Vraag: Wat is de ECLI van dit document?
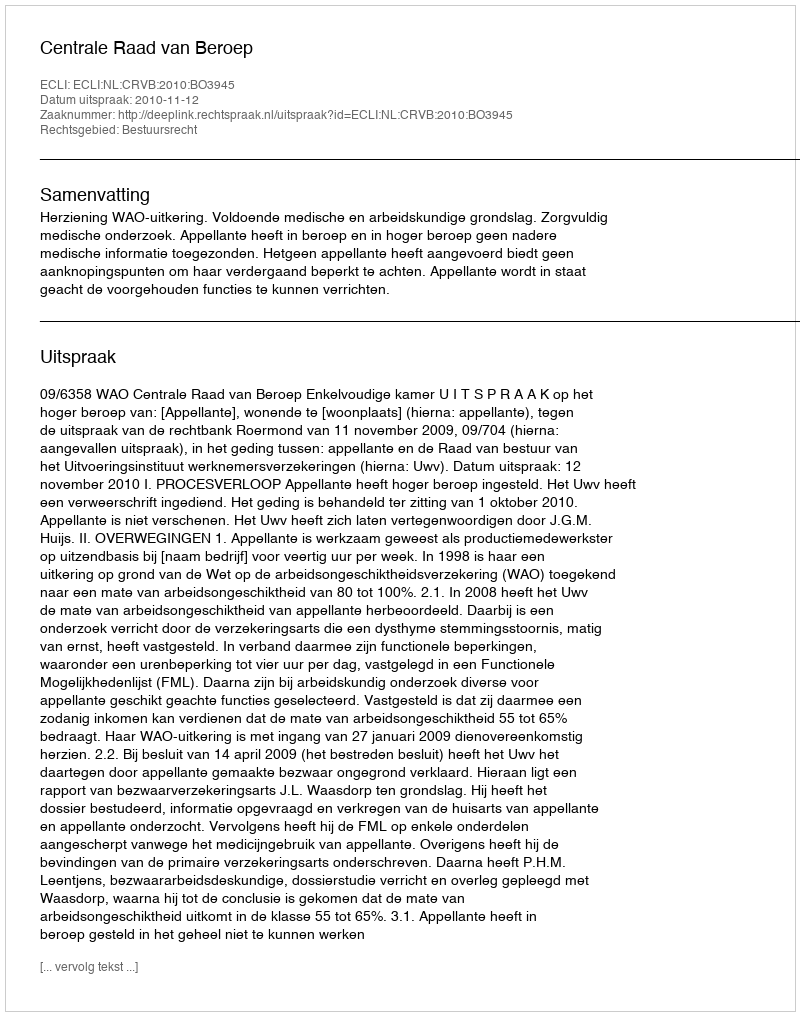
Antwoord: ECLI:NL:CRVB:2010:BO3945